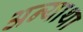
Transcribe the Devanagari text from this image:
अन्याथा